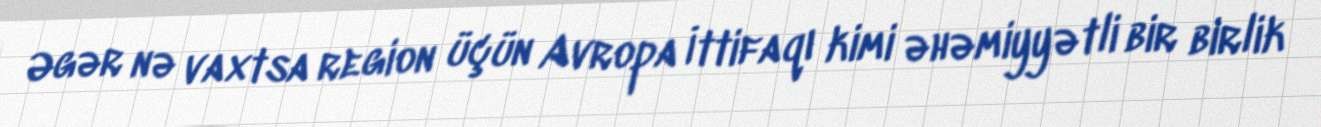
Əgər nə vaxtsa region üçün Avropa İttifaqı kimi əhəmiyyətli bir birlik